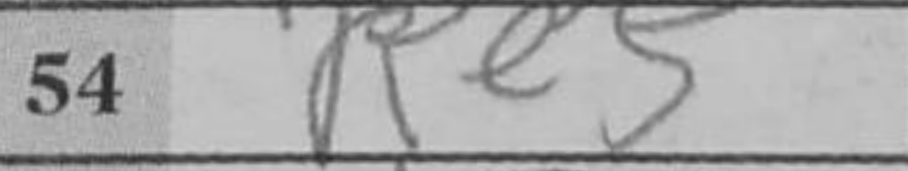
Transcription: Re5